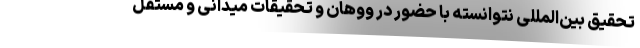
تحقیق بین‌المللی نتوانسته با حضور در ووهان و تحقیقات میدانی و مستقل